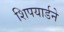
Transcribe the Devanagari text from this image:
शिपयार्डने